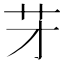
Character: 𦬁